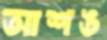
আশঙ